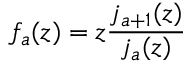
f _ { a } ( z ) = z \frac { j _ { a + 1 } ( z ) } { j _ { a } ( z ) }